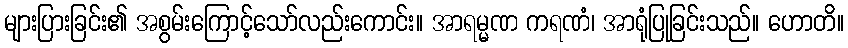
များပြားခြင်း၏ အစွမ်းကြောင့်သော်လည်းကောင်း။ အာရမ္မဏ ကရဏံ၊ အာရုံပြုခြင်းသည်။ ဟောတိ။